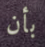
بأن